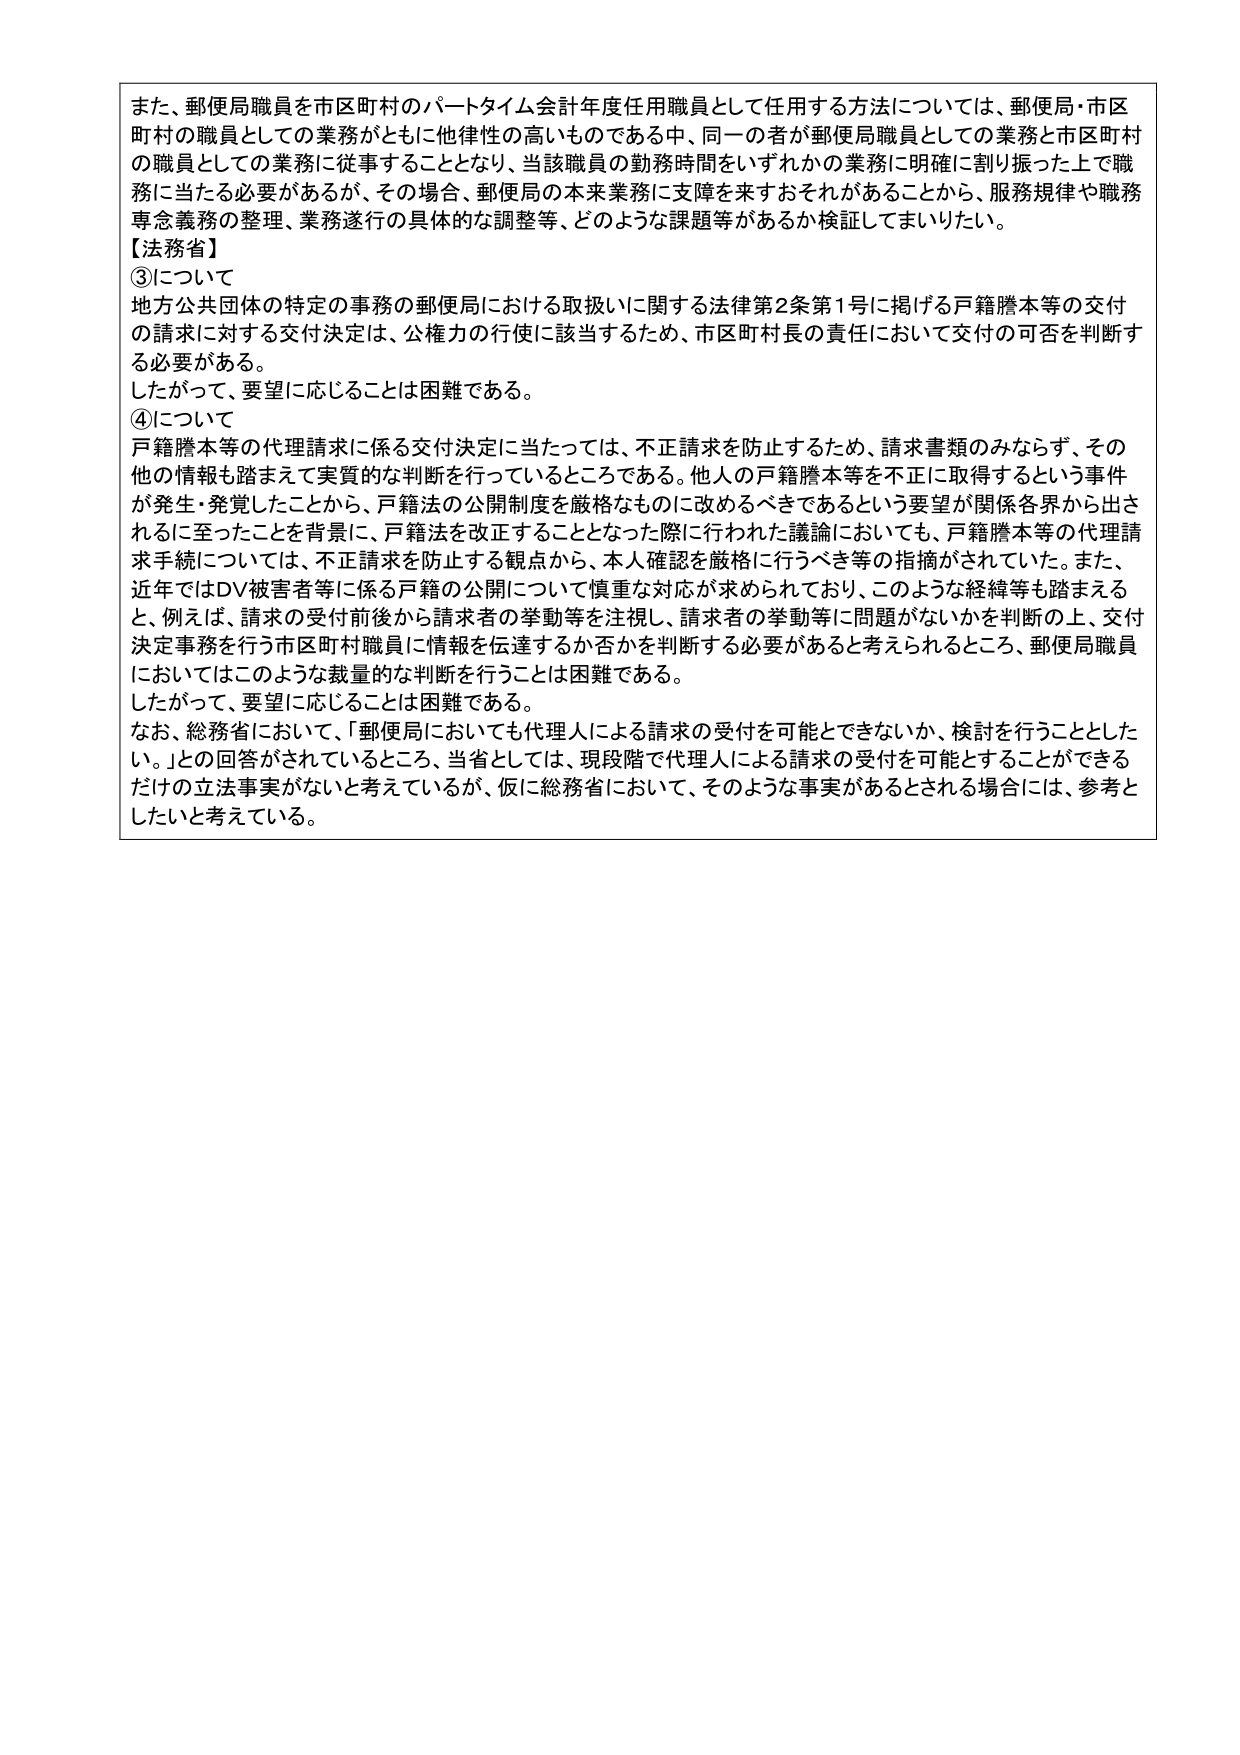
また、郵便局職員を市区町村のパートタイム会計年度任用職員として任用する方法については、郵便局・市区町村の職員としての業務がともに他律性の高いものである中、同一の者が郵便局職員としての業務と市区町村の職員としての業務に従事することとなり、当該職員の勤務時間をいずれかの業務に明確に割り振った上で職務に当たる必要があるが、その場合、郵便局の本来業務に支障を来すおそれがあることから、服務規律や職務専念義務の整理、業務遂行の具体的な調整等、どのような課題等があるか検証してまいりたい。

【法務省】

③について

地方公共団体の特定の事務の郵便局における取扱いに関する法律第2条第1号に掲げる戸籍謄本等の交付の請求に対する交付決定は、公権力の行使に該当するため、市区町村長の責任において交付の可否を判断する必要がある。

したがって、要望に応じることは困難である。

④について

戸籍謄本等の代理請求に係る交付決定に当たっては、不正請求を防止するため、請求書類のみならず、その他の情報も踏まえて実質的な判断を行っているところである。他人の戸籍謄本等を不正に取得するという事件が発生・発覚したことから、戸籍法の公開制度を厳格なものに改めるべきであるという要望が関係各界から出されるに至ったことを背景に、戸籍法を改正することとなった際に行われた議論においても、戸籍謄本等の代理請求手続については、不正請求を防止する観点から、本人確認を厳格に行うべき等の指摘がされていた。また、近年ではDV被害者等に係る戸籍の公開について慎重な対応が求められており、このような経緯等も踏まえると、例えば、請求の受付前後から請求者の挙動等を注視し、請求者の挙動等に問題がないかを判断の上、交付決定事務を行う市区町村職員に情報を伝達するか否かを判断する必要があると考えられるところ、郵便局職員においてはこのような裁量的な判断を行うことは困難である。

したがって、要望に応じることは困難である。

なお、総務省において、「郵便局においても代理人による請求の受付を可能とできないか、検討を行うこととした。」との回答がされているところ、当省としては、現段階で代理人による請求の受付を可能とすることができるだけの立法事実がないと考えているが、仮に総務省において、そのような事実があるとされる場合には、参考としたいと考えている。